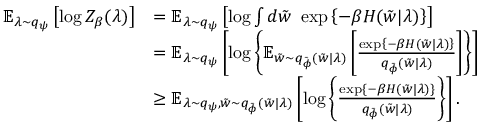
\begin{array} { r l } { \operatorname { \mathbb { E } } _ { \lambda \sim q _ { \psi } } \left[ \log Z _ { \beta } ( \lambda ) \right] } & { = \operatorname { \mathbb { E } } _ { \lambda \sim q _ { \psi } } \left[ \log \int d \Tilde { w } \ \exp \left\{ - \beta H ( \Tilde { w } | \lambda ) \right\} \right] } \\ & { = \operatorname { \mathbb { E } } _ { \lambda \sim q _ { \psi } } \left[ \log \left\{ \operatorname { \mathbb { E } } _ { \Tilde { w } \sim q _ { \Tilde { \phi } } ( \Tilde { w } | \lambda ) } \left[ \frac { \exp \left\{ - \beta H ( \Tilde { w } | \lambda ) \right\} } { q _ { \Tilde { \phi } } \left( \Tilde { w } | \lambda \right) } \right] \right\} \right] } \\ & { \geq \operatorname { \mathbb { E } } _ { \lambda \sim q _ { \psi } , \Tilde { w } \sim q _ { \Tilde { \phi } } ( \Tilde { w } | \lambda ) } \left[ \log \left\{ \frac { \exp \left\{ - \beta H ( \Tilde { w } | \lambda ) \right\} } { q _ { \Tilde { \phi } } ( \Tilde { w } | \lambda ) } \right\} \right] . } \end{array}